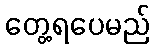
တွေ့ရပေမည်